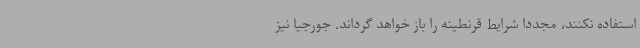
استفاده نکنند، مجدداً شرایط قرنطینه را باز خواهد گرداند. جورجیا نیز